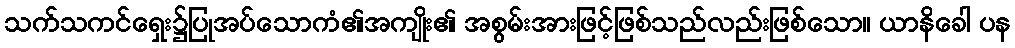
သက်သကင်ရှေး၌ပြုအပ်သောကံ၏အကျိုး၏ အစွမ်းအားဖြင့်ဖြစ်သည်လည်းဖြစ်သော။ ယာနိခေါ ပန